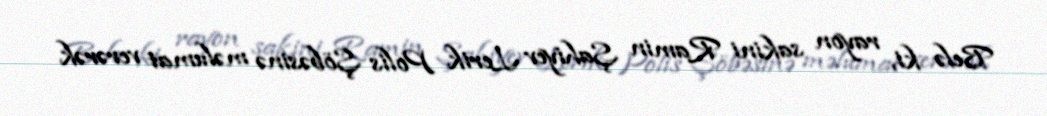
Belə ki, rayon sakini Ramin Şahiyev Lerik Polis Şöbəsinə məlumat verərək